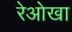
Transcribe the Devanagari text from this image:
रेओखा